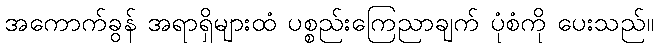
အကောက်ခွန် အရာရှိများထံ ပစ္စည်းကြေညာချက် ပုံစံကို ပေးသည်။